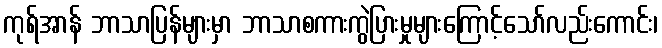
ကုရ်အာန် ဘာသာပြန်များမှာ ဘာသာစကားကွဲပြားမှုများကြောင့်သော်လည်းကောင်း၊